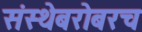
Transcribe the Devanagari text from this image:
संस्थेबरोबरच